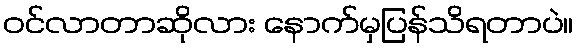
ဝင်လာတာဆိုလား နောက်မှပြန်သိရတာပဲ။